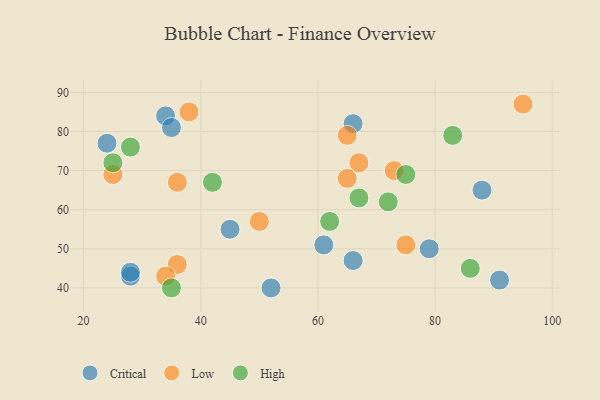
{"axis": {"x": "GDP", "y": "Life Expectancy"}, "legend": ["Critical", "High", "Low"], "data": [{"x": "28", "y": 43, "type": "Critical"}, {"x": "52", "y": 40, "type": "Critical"}, {"x": "45", "y": 55, "type": "Critical"}, {"x": "66", "y": 47, "type": "Critical"}, {"x": "34", "y": 84, "type": "Critical"}, {"x": "35", "y": 81, "type": "Critical"}, {"x": "24", "y": 77, "type": "Critical"}, {"x": "91", "y": 42, "type": "Critical"}, {"x": "28", "y": 44, "type": "Critical"}, {"x": "66", "y": 82, "type": "Critical"}, {"x": "61", "y": 51, "type": "Critical"}, {"x": "88", "y": 65, "type": "Critical"}, {"x": "79", "y": 50, "type": "Critical"}, {"x": "25", "y": 69, "type": "Low"}, {"x": "50", "y": 57, "type": "Low"}, {"x": "67", "y": 72, "type": "Low"}, {"x": "65", "y": 79, "type": "Low"}, {"x": "36", "y": 46, "type": "Low"}, {"x": "38", "y": 85, "type": "Low"}, {"x": "75", "y": 51, "type": "Low"}, {"x": "65", "y": 68, "type": "Low"}, {"x": "95", "y": 87, "type": "Low"}, {"x": "34", "y": 43, "type": "Low"}, {"x": "73", "y": 70, "type": "Low"}, {"x": "36", "y": 67, "type": "Low"}, {"x": "83", "y": 79, "type": "High"}, {"x": "62", "y": 57, "type": "High"}, {"x": "25", "y": 72, "type": "High"}, {"x": "67", "y": 63, "type": "High"}, {"x": "75", "y": 69, "type": "High"}, {"x": "28", "y": 76, "type": "High"}, {"x": "86", "y": 45, "type": "High"}, {"x": "42", "y": 67, "type": "High"}, {"x": "72", "y": 62, "type": "High"}, {"x": "35", "y": 40, "type": "High"}]}